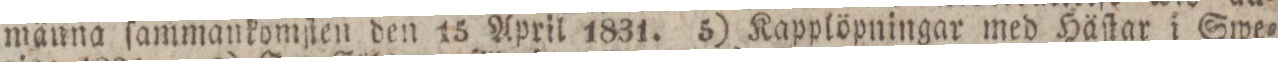
männa ſammankomſten den 15 April 1831. 5) Kapplöpningar med Häſtar i Swe=